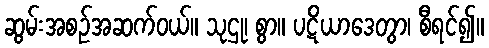
ဆွမ်းအစဉ်အဆက်ဝယ်။ သုဌု၊ စွာ။ ပဋိယာဒေတွာ၊ စီရင်၍။